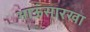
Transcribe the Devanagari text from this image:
भाऊंसारखा